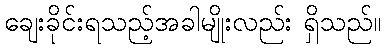
ချေးခိုင်းရသည့်အခါမျိုးလည်း ရှိသည်။